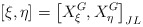
\begin{align*}\left[ \xi ,\eta \right] =\left[ X_{\xi }^{G},X_{\eta }^{G}\right]_{JL} \end{align*}